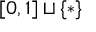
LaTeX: [ 0 , 1 ] \sqcup \{ * \}